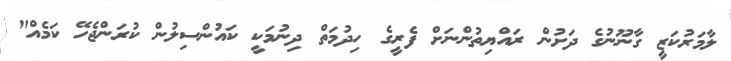
ލާމަރުކަޒީ ގާނޫނުގެ ދަށުން ރައްޔިތުންނަށް ފެރީގެ ހިދުމަތް ދިނުމަކީ ކައުންސިލުން ކުރަންޖެހޭ ކަމެއް"